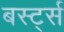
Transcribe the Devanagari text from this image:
बर्स्ट्स